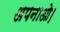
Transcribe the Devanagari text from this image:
अपनाओ।